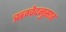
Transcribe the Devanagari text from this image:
ऋग्वेदनुसार